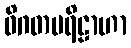
ဝိဂတပရိဠာဟာ